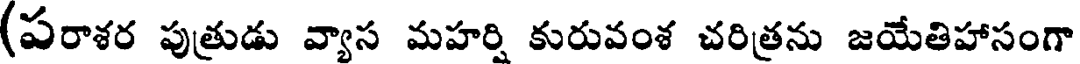
(పరాశర పుత్రుడు వ్యాస మహర్షి కురువంశ చరిత్రను జయేతిహాసంగా